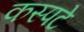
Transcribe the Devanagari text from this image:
कस्पटे